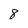
Character: 8